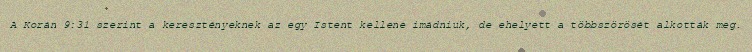
A Korán 9:31 szerint a keresztényeknek az egy Istent kellene imádniuk, de ehelyett a többszörösét alkották meg.